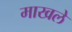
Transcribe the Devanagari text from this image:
माखले